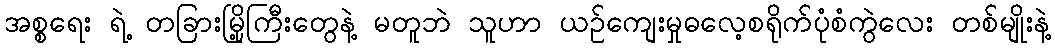
အစ္စရေး ရဲ့ တခြားမြို့ကြီးတွေနဲ့ မတူဘဲ သူဟာ ယဉ်ကျေးမှုဓလေ့စရိုက်ပုံစံကွဲလေး တစ်မျိုးနဲ့